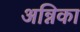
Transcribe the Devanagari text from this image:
अन्निका